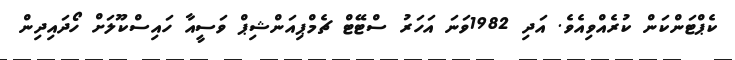
ކެޕްޓަންކަން ކުރެއްވިއެވެ. އަދި 1982ވަނަ އަހަރު ސްޓޭޓް ޗެމްޕިއަންޝިޕް ވަސީއާ ހައިސްކޫލަށް ހޯދައިދިން